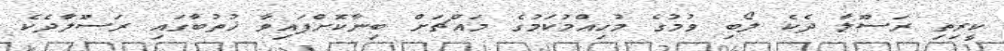
ކީރިތި ރަސޫލާ ދެކެ ލޯބި ވުމުގެ މުހިއްމުކަމުގެ މައްޗަށް ބިނާކޮށްފައިވާ ޚުތުބާގައި ރަސޫލާދެކެ